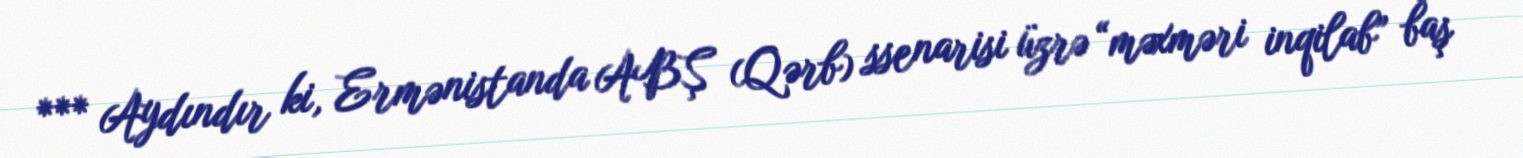
*** Aydındır ki, Ermənistanda ABŞ (Qərb) ssenarisi üzrə “məxməri inqilab” baş